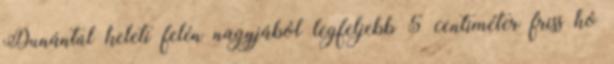
Dunántúl keleti felén nagyjából legfeljebb 5 centiméter friss hó